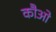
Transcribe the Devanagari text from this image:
कौओ